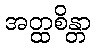
အတ္ထစိန္တာ